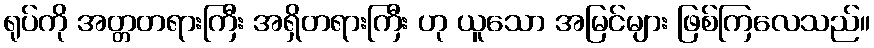
ရုပ်ကို အတ္တတရားကြီး အရှိတရားကြီး ဟု ယူသော အမြင်များ ဖြစ်ကြလေသည်။